Indian journal of veterinary science and animal husbandry - Volume 10,
Year: 1940
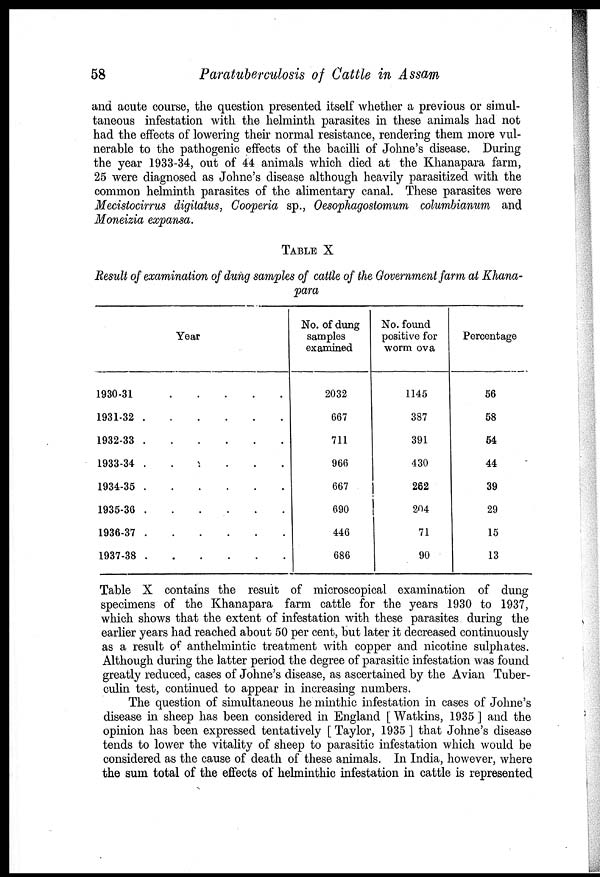
58
Paratuberculosis of Cattle in Assam
and acute course, the question presented itself whether a previous or simul-
taneous infestation with the helminth parasites in these animals had not
had the effects of lowering their normal resistance, rendering them more vul-
nerable to the pathogenic effects of the bacilli of Johne's disease. During
the year 1933-34, out of 44 animals which died at the Khanapara farm,
25 were diagnosed as Johne's disease although heavily parasitized with the
common helminth parasites of the alimentary canal. These parasites were
Mecistocirrus digitatus, Cooperia sp., Oesophagostomum columbianum and
Moneizia expansa.
TABLE X
Result of examination of dung samples of cattle of the Government farm at Khana-
para
Year
1930-31
.
.
.
.
.
1931-32
.
.
.
.
.
1932-33
.
.
.
.
.
1933-34
.
.
.
.
.
1934-35
.
.
.
.
.
1935-36
.
.
.
.
.
1936-37
.
.
.
.
.
1937-38
.
.
.
.
.
No. of dung
samples
examined
2032
667
711
966
667
690
446
686
No. found
positive for
worm ova
1145
387
391
430
262
204
71
90
Percentage
56
58
54
44
39
29
15
13
Table X contains the result of microscopical examination of dung
specimens of the Khanapara farm cattle for the years 1930 to 1937,
which shows that the extent of infestation with these parasites during the
earlier years had reached about 50 per cent, but later it decreased continuously
as a result of anthelmintic treatment with copper and nicotine sulphates.
Although during the latter period the degree of parasitic infestation was found
greatly reduced, cases of Johne's disease, as ascertained by the Avian Tuber-
culin test, continued to appear in increasing numbers.
The question of simultaneous he minthic infestation in cases of Johne's
disease in sheep has been considered in England [ Watkins, 1935 ] and the
opinion has been expressed tentatively [ Taylor, 1935 ] that Johne's disease
tends to lower the vitality of sheep to parasitic infestation which would be
considered as the cause of death of these animals. In India, however, where
the sum total of the effects of helminthic infestation in cattle is represented